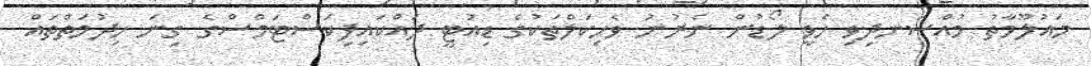
މައުލޫމާތު މުއްސަނދިވި ހެވީ ލޯޑުން ނެރުނު ވެހިކަލްތަކުގެ ޑިއުޓީ ދައްކައިފިކަސްޓަމްސްގެ ގިނަ ހިދުމަތްތައް